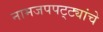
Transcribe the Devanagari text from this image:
नामजपपट्ट्यांचे